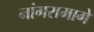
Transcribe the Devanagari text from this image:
नांगरामागे